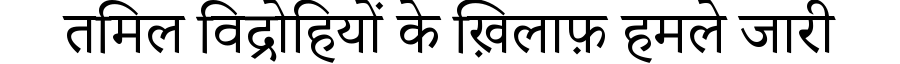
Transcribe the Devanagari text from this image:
तमिल विद्रोहियों के ख़िलाफ़ हमले जारी